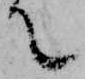
て